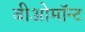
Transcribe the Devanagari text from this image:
बीओमॉन्ट